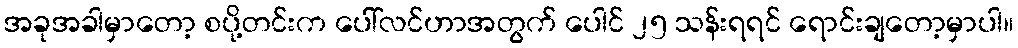
အခုအခါမှာတော့ စပို့တင်းက ပေါ်လင်ဟာအတွက် ပေါင် ၂၅ သန်းရရင် ရောင်းချတော့မှာပါ။